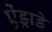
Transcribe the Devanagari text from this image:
ऐंड्राडे